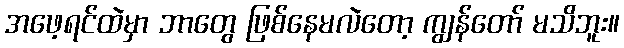
အဖေ့ရင်ထဲမှာ ဘာတွေ ဖြစ်နေမလဲတော့ ကျွန်တော် မသိဘူး။